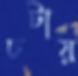
চটায়